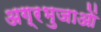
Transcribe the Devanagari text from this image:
अग्रभुजाओं